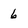
Character: 6